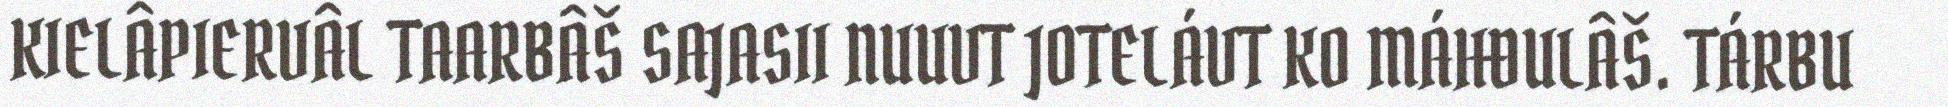
KIELÂPIERVÂL TAARBÂŠ SAJASII NUUVT JOTELÁVT KO MÁHĐULÂŠ. TÁRBU